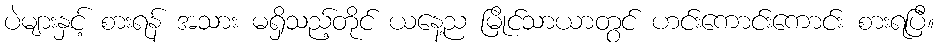
ပဲများနှင့် စားရန် အသား မရှိသည့်တိုင် ယနေ့ည မြိုင်သာယာတွင် ဟင်းကောင်းကောင်း စားရပြီ။